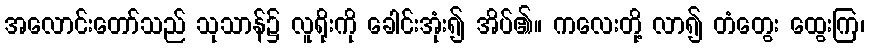
အလောင်းတော်သည် သုသာန်၌ လူရိုးကို ခေါင်းအုံး၍ အိပ်၏။ ကလေးတို့ လာ၍ တံတွေး ထွေးကြ၊